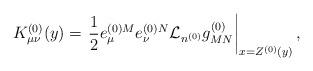
LaTeX: \begin{align*}K^{(0)}_{\mu\nu}(y) = \left.\frac{1}{2}e^{(0)M}_{\mu}e^{(0)N}_{\nu}{\cal L}_{n^{(0)}}g^{(0)}_{MN}\right|_{x=Z^{(0)}(y)},\end{align*}